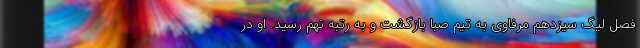
فصل لیگ سیزدهم مرفاوی به تیم صبا بازگشت و به رتبه نهم رسید. او در